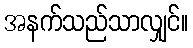
အနက်သည်သာလျှင်။